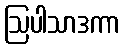
ဩပါသာဒကာ